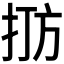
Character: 𪭫